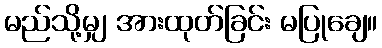
မည်သို့မျှ အားထုတ်ခြင်း မပြုချေ။